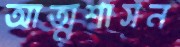
আত্মশাসন